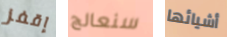
إقفز سنعالج أشيائها